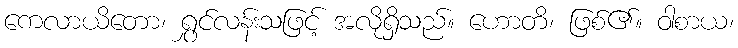
ကေလာယိတော၊ ရွှင်လန်းသဖြင့် အလိုရှိသည်။ ဟောတိ၊ ဖြစ်၏။ ဝါစာယ၊